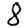
Digit: 8